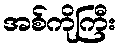
အစ်ကိုကြီး